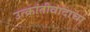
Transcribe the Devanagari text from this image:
उत्क्रांतीवादाचा